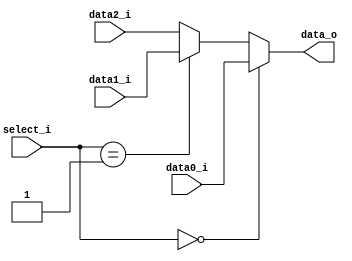
`timescale 1ns / 1ps
//////////////////////////////////////////////////////////////////////////////////
// Company: 
// Engineer: 
// 
// Design Name: 		0316056_g 0316038_@
// Module Name:    Mux_ToReg_Source 
// Project Name: 
// Target Devices: 
// Tool versions: 
// Description: 
//
// Dependencies: 
//
// Revision: 
// Revision 0.01 - File Created
// Additional Comments: 
//
//////////////////////////////////////////////////////////////////////////////////
module MUX_3to1(
		data0_i,
		data1_i,
		data2_i,
		select_i,
		data_o
    );
//I/O ports               
input   [31:0] data0_i;          
input   [31:0] data1_i;
input   [31:0] data2_i;
input   [1:0]  select_i;
output  [31:0] data_o; 

//Internal Signals
reg     [31:0] data_o;

//Main function
always@(*)  begin
	if(select_i == 0)begin   
		data_o <= data0_i;
	end else if(select_i == 1)begin
		data_o <= data1_i;
	end else begin
		data_o <= data2_i;
	end
end
endmodule